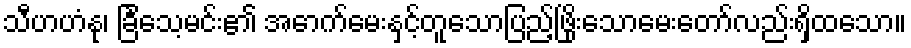
သီဟဟံနု၊ ခြင်္သေ့မင်း၏ အောက်မေးနှင့်တူသောပြည့်ဖြိုးသောမေးတော်လည်းရှိထသော။